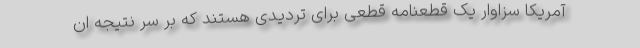
آمریکا سزاوار یک قطعنامه قطعی برای تردیدی هستند که بر سر نتیجه ان